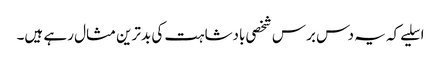
اسلیے کہ یہ دس برس شخصی بادشاہت کی بدترین مثال رہے ہیں۔